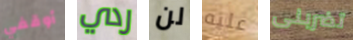
أوقفي ردي لن عليه تضربنى